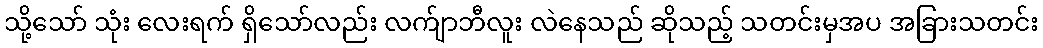
သို့သော် သုံး လေးရက် ရှိသော်လည်း လက်ျာဘီလူး လဲနေသည် ဆိုသည့် သတင်းမှအပ အခြားသတင်း